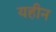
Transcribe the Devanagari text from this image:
यहीन